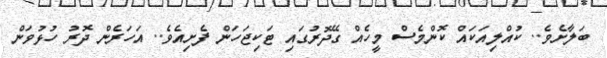
ބަލާށެވެ.. ކުއްލިއަކައް ކޮންމެސް މީހެއް ގޭދޮރުގައި ޓަކިޖަހަން ފެށިއެވެ.. އަހަރެން ދޮރު ހުޅުވަން